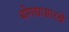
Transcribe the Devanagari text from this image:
बोगद्यासारखे